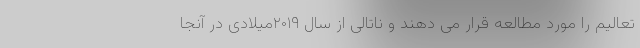
تعالیم را مورد مطالعه قرار می دهند و ناتالی از سال ۲۰۱۹میلادی در آنجا